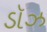
ડૉઝ